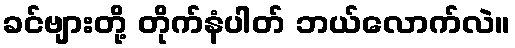
ခင်ဗျားတို့ တိုက်နံပါတ် ဘယ်လောက်လဲ။